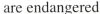
are endangered